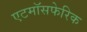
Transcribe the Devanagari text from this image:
एटमॉसफेरिक